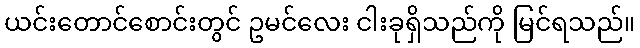
ယင်းတောင်စောင်းတွင် ဥမင်လေး ငါးခုရှိသည်ကို မြင်ရသည်။